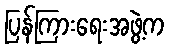
ပြန်ကြားရေးအဖွဲ့က